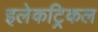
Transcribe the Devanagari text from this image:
इलेकट्रिकल